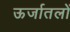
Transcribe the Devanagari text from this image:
ऊर्जातलों